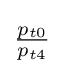
{\textstyle {\frac {p_{t0}}{p_{t4}}}}